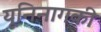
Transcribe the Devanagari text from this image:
यूनिनागकी